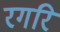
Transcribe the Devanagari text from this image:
रगरि